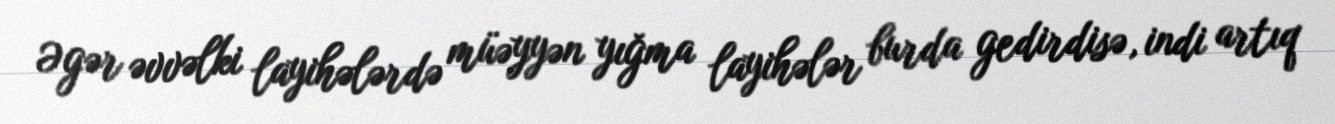
Əgər əvvəlki layihələrdə müəyyən yığma layihələr burda gedirdisə, indi artıq